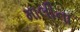
માલીના